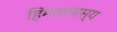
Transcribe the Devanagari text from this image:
हिमालयस्य